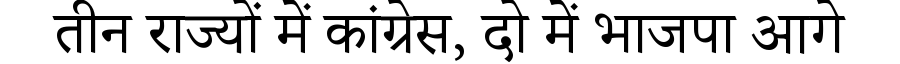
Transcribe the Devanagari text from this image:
तीन राज्यों में कांग्रेस, दो में भाजपा आगे